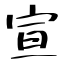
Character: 宣